Leningradi_Edasi_toimetus, lk 112
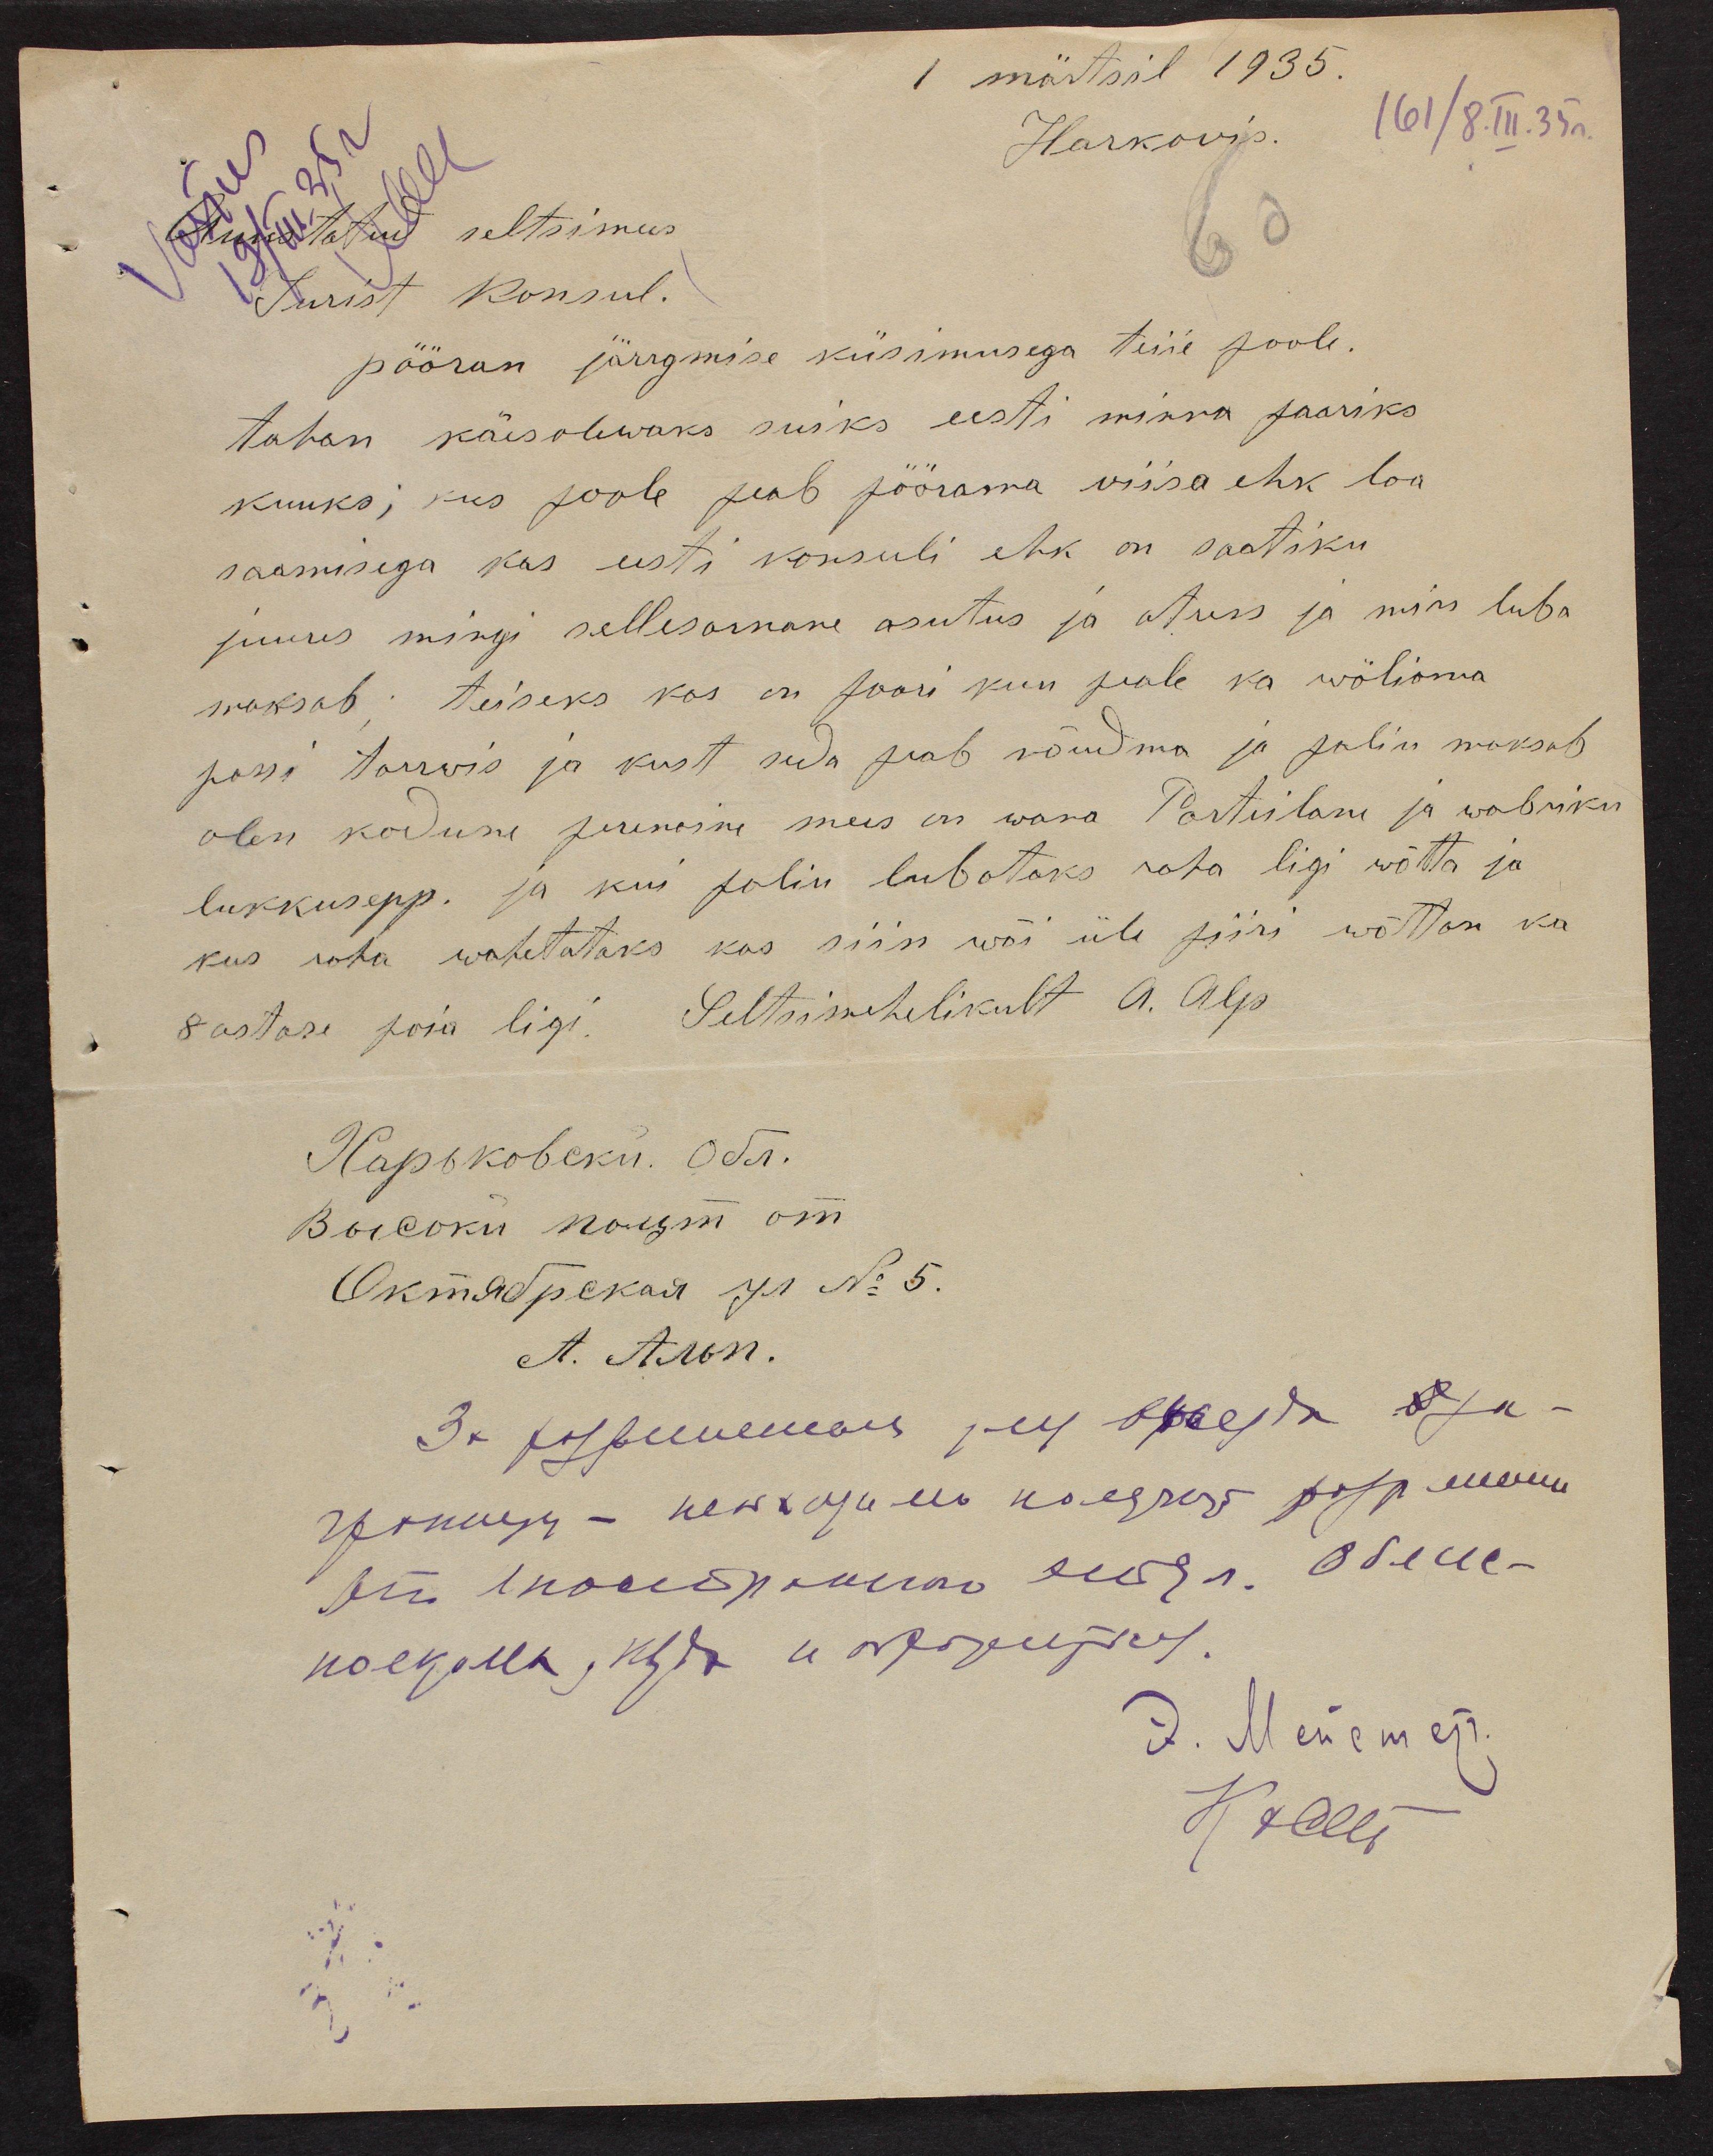
1 märtsil 1935.
Harkovis.
161/8.III.35a.
Auustatud seltsimees
Jurist Konsul.
pööran järrgmise küsimusega teiie poole.
tahan käesolewaks suiks eesti minna paariks
kuuks; kus poole peab pöörama viisa ehk loa
saamisega kas eesti konsuli ehk on saatiku
juures mingi sellesarnane asutus ja otsus ja miss luba
maksab; teiseks kas on paari kuu peale ka wölisma
passi tarwis ja kust seda peab nõudma ja paliu maksab
olen kodune perenaine mees on wana Parteilane ja wabriku
lukkusepp. ja kui paliu lubataks raha ligi wõtta ja
kus raha wahetataks kas siin wõi üle piiri wõttan ka
8 astase poia ligi. Seltsimehelikult A. Alp